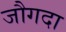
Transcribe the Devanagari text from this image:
जौगदा